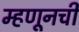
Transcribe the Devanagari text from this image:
म्हणूनची